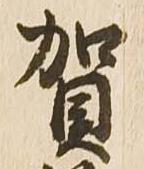
賀